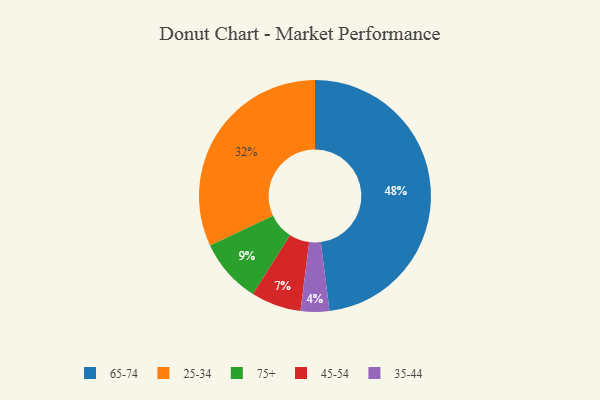
{"axis": {"x": "Category", "y": "Percentage"}, "legend": ["25-34", "35-44", "45-54", "65-74", "75+"], "data": [{"x": "75+", "y": 9, "type": "75+"}, {"x": "35-44", "y": 4, "type": "35-44"}, {"x": "45-54", "y": 7, "type": "45-54"}, {"x": "25-34", "y": 32, "type": "25-34"}, {"x": "65-74", "y": 48, "type": "65-74"}]}